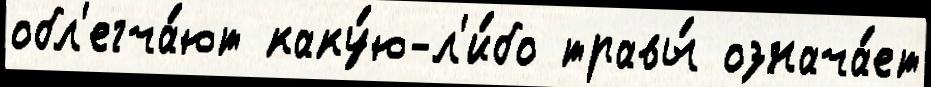
обл'егча́ют каку́ю-л'и́бо травы́ означа́ет